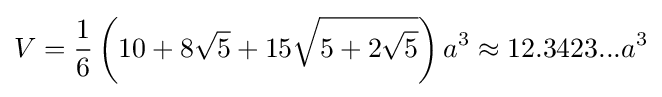
V={\frac {1}{6}}\left(10+8{\sqrt {5}}+15{\sqrt {5+2{\sqrt {5}}}}\right)a^{3}\approx 12.3423...a^{3}